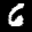
Label: 6